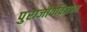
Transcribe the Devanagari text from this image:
पुराजीवविज्ञान